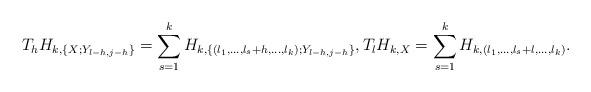
LaTeX: \begin{align*}T_{h}H_{k,\{X;Y_{l-h,j-h}\}} = \sum_{s=1}^{k}H_{k,\{(l_{1},\ldots,l_{s}+h,\ldots,l_{k}); Y_{l-h,j-h}\}},T_{l}H_{k,X}=\sum_{s=1}^{k} H_{k,(l_1,\ldots,l_{s}+l,\ldots,l_{k})}.\end{align*}